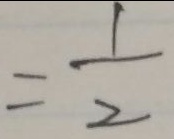
= \frac { 1 } { 2 }